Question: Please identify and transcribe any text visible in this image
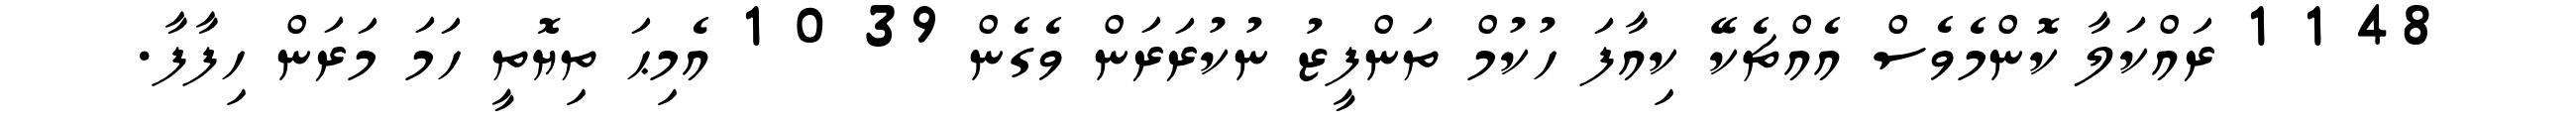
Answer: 48 1 1 ރައްކަލާ ކޮންމެވެސް އެއްޗެކޭ ކިއާފަ ހުކުމް ތަންފީޒު ނުކުރަރަން ވެގެން 39 0 1 އެމިޙަ ތިޔޮތީ ހަމަ މަރަން ހިފާފާ.